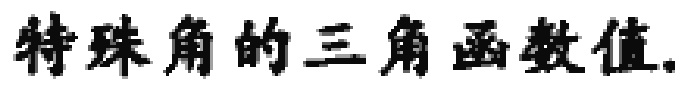
特殊角的三角函数值.